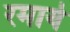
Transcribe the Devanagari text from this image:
रमाये